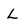
Character: L